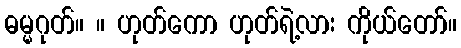
ဓမ္မဂုတ်။ ။ ဟုတ်ကော ဟုတ်ရဲ့လား ကိုယ်တော်။